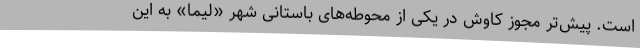
است. پیش‌تر مجوز کاوش در یکی از محوطه‌های باستانی شهر «لیما» به این